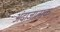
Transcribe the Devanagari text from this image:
अंदाजात्मक